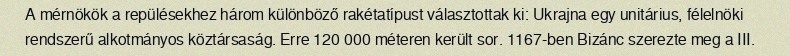
A mérnökök a repülésekhez három különböző rakétatípust választottak ki: Ukrajna egy unitárius, félelnöki rendszerű alkotmányos köztársaság. Erre 120 000 méteren került sor. 1167-ben Bizánc szerezte meg a III.